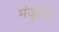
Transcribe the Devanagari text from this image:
मंजूरी।